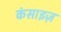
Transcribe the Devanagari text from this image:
कंसाइज़